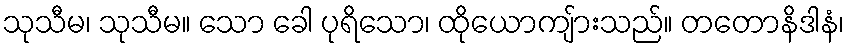
သုသီမ၊ သုသီမ။ သော ခေါ ပုရိသော၊ ထိုယောကျ်ားသည်။ တတောနိဒါနံ၊